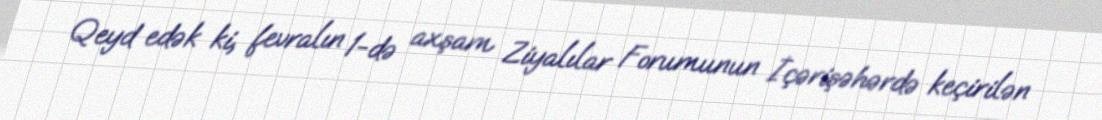
Qeyd edək ki, fevralın 1-də axşam Ziyalılar Forumunun İçərişəhərdə keçirilən